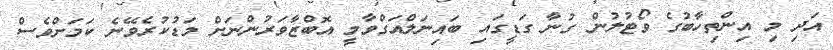
އަދި މި އިންތިހާބުގެ ވޯޓުލުން ގުނާ ގަޑީގައި ބައިނަލްއަގްވާމީ އޮބްޒާވަރުންނަށް މަޑުކުރެވޭނެ ކަމަށްވެސް